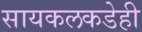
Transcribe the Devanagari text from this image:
सायकलकडेही